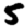
Digit: 5